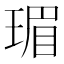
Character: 瑂